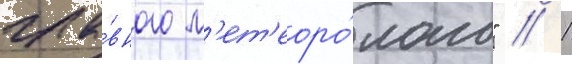
гла́вного м'ет'еоро́лога" // 1